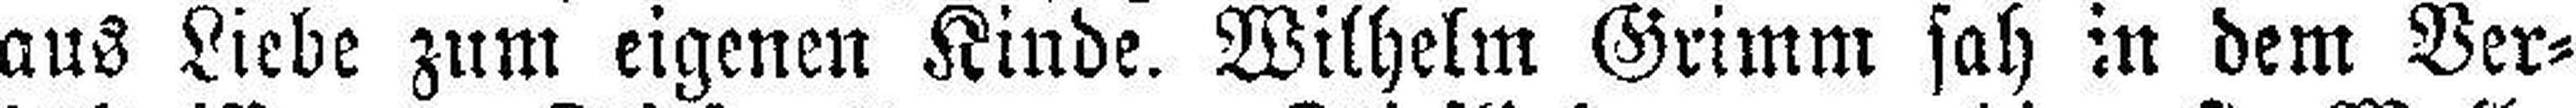
aus Liebe zum eigenen Kinde. Wilhelm Grimm sah in dem Ver¬